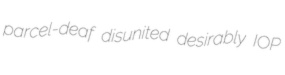
parcel-deaf disunited desirably IOP